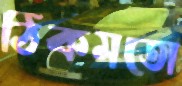
ঠিকমতো